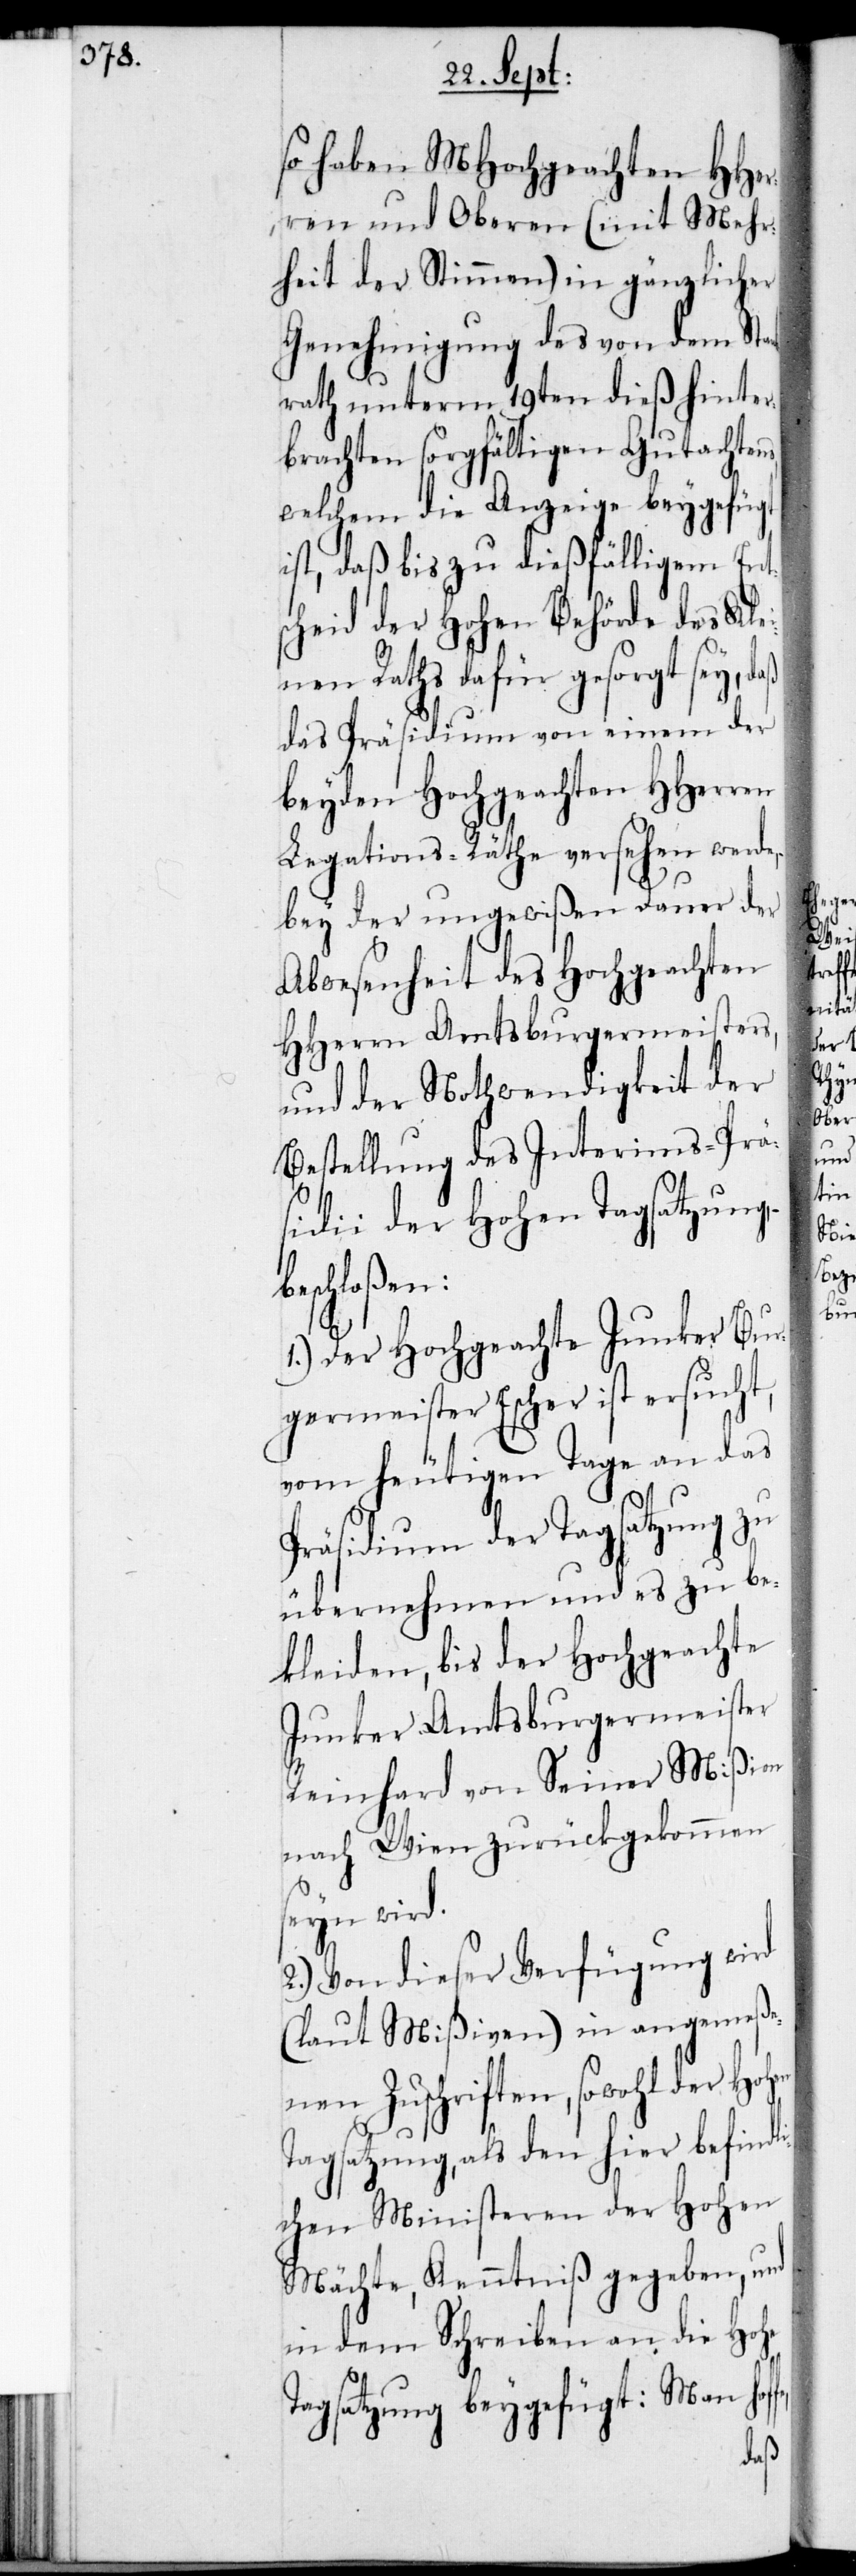
so haben MHochgeachten HHer¬
ren und Oberen (mit Mehr¬
heit der Stimmen) in gänzlicher
Genehmigung des von dem Sta¬
rath unterm 19ten dieß hinter¬
brachten sorgfältigen Gutachtens,
welchem die Anzeige beygefügt
ist, daß bis zu dießfälligem Ents¬
cheid der Hohen Behörde des Kle¬
inen Raths dafür gesorgt sey,
das Präsidium von einem der
beyden Hochgeachten HHerren
Legations-Räthe versehen werde,
bey der ungewißen Dauer der
Abwesenheit des Hochgeachten
HHerrn Amtsburgermeisters,
und der Nothwendigkeit der
Bestellung des Interims-Prä¬
sidii der Hohen Tagsatzung,
beschloßen:
1.) Der Hochgeachte Junker Bur¬
germeister Escher ist ersucht,
vom heutigen Tage an das
Präsidium der Tagsatzung zu
übernehmen und es zu be¬
kleiden, bis der Hochgeachte
Junker Amtsburgermeister
Reinhard von Seiner Mißion
nach Wien zurückgekommen
seyn wird.
2.) Von dieser Verfügung wird
(laut Mißiven) in angemeße¬
nen Zuschriften, sowohl der Ho¬
Tagsatzung, als den hier befindl¬
ichen Ministeren der Hohen
Mächte, Kenntniß gegeben, und
in dem Schreiben an die Hohe
Tagsatzung beygefügt: Man hof¬
fe,